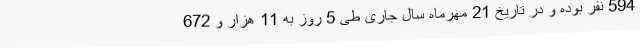
594 نفر بوده و در تاریخ 21 مهرماه سال جاری طی 5 روز به 11 هزار و 672